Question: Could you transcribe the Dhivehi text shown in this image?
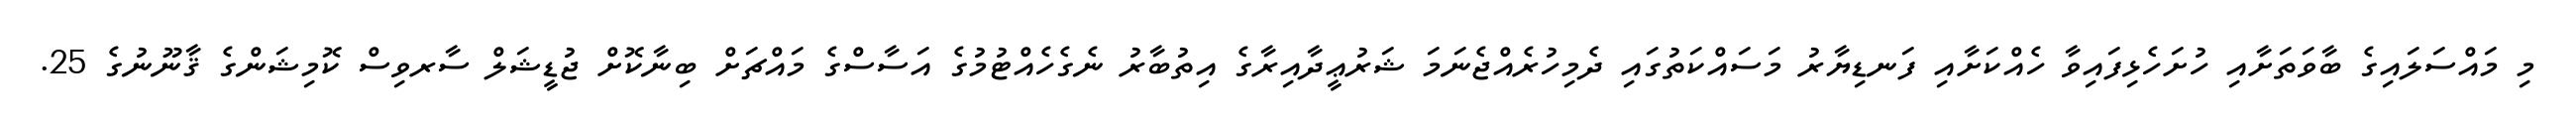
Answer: މި މައްސަލައިގެ ބާވަތަށާއި ހުށަހެޅިފައިވާ ހެއްކަށާއި ފަނޑިޔާރު މަސައްކަތުގައި ދެމިހުރެއްޖެނަމަ ޝަރުޢީދާއިރާގެ އިތުބާރު ނެގެހެއްޓުމުގެ އަސާސްގެ މައްޗަށް ބިނާކޮށް ޖުޑީޝަލް ސާރވިސް ކޮމިޝަންގެ ޤާނޫނުގެ 25.